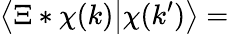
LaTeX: \big\langle\Xi*\chi(k)\big|\chi(k^{\prime})\big\rangle=